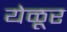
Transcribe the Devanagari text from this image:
येळूर